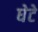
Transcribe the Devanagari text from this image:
घेटे